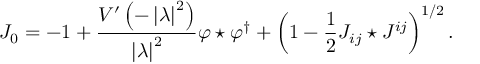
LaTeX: J _ { 0 } = - 1 + \frac { V ^ { \prime } \left( - \left| \lambda \right| ^ { 2 } \right) } { \left| \lambda \right| ^ { 2 } } \varphi \star \varphi ^ { \dagger } + \left( 1 - \frac { 1 } { 2 } J _ { i j } \star J ^ { i j } \right) ^ { 1 / 2 } .